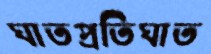
ঘাতপ্রতিঘাত